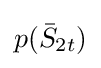
p({\bar {S}}_{2t})\,\!